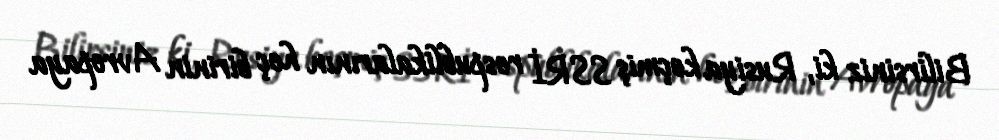
Bilirsiniz ki, Rusiya keçmiş SSRİ respublikalarının heç birinin Avropaya